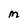
Character: M